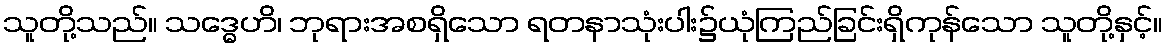
သူတို့သည်။ သဒ္ဓေဟိ၊ ဘုရားအစရှိသော ရတနာသုံးပါး၌ယုံကြည်ခြင်းရှိကုန်သော သူတို့နှင့်။